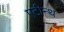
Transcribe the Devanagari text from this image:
एटीन्थ